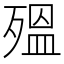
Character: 殟